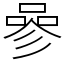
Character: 𠻝